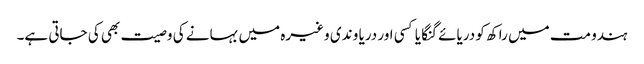
ہندو مت میں راکھ کو دریائے گنگا یا کسی اور دریا و ندی وغیرہ میں بہانے کی وصیت بھی کی جاتی ہے۔